Code of medical and sanitary regulations for the guidance of medical officers serving in the Madras Presidency - Volume I
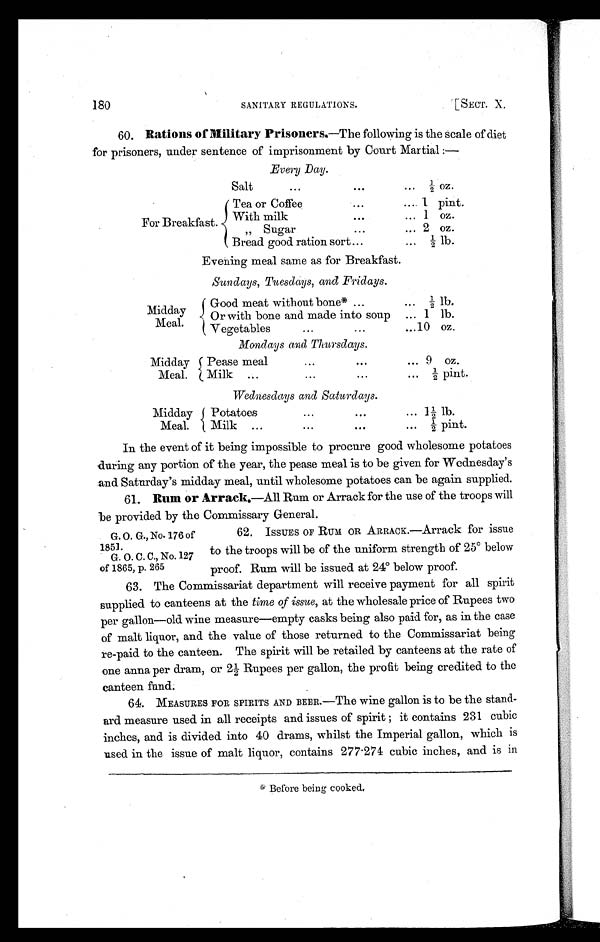
180
SANITARY REGULATIONS.
[SECT. X.
60. Rations of Military Prisoners. —The following is the scale of diet
for prisoners, under sentence of imprisonment by Court Martial : —
Every Day.
For Breakfast.
Salt
...
. . .
. . .
½
oz.
Tea or Coffee
...
... 1 pint.
With milk
. . .
... 1 oz.
„ Sugar
...
... 2 oz.
Bread good ration sort
. . .
...
½ lb.
Evening meal same as for Breakfast.
Sundays, Tuesdays, and Fridays.
Midday
M e a l . Good meat without bone* ...
. . .
½
lb.
Or with bone and made into soup
... 1 lb.
Vegetables
...
...
. . .
10 oz.
Mondays and Thursdays.
Midday
Meal.
Pease meal
...
...
... 9 oz.
Milk
...
... ...
...
½ pint.
Wednesdays and Saturdays.
Midday
Meal.
Potatoes
...
...
...
1 ½ lb.
Milk
...
... ...
...
½ pint.
In the event of it being impossible to procure good wholesome potatoes
during any portion of the year, the pease meal is to be given for Wednesday's
and Saturday's midday meal, until wholesome potatoes can be again supplied.
61. Rum or Arrack. —All Rum or Arrack for the use of the troops will
be Provided by the Commissary General.
G. O. G., No. 176 of
1851.
G. O. C. C., No. 127
of 1865, p. 265
62. ISSUES OF RUM OR ARRACK.—Arrack for issue
to the troops will be of the uniform strength of 25° below
proof. Rum will be issued at 24° below proof.
63. The Commissariat department will receive payment for all spirit
supplied to canteens at the time of issue, at the wholesale price of Rupees two
per gallon—old wine measure—empty casks being also paid for, as in the case
of malt liquor, and the value of those returned to the Commissariat being
re-paid to the canteen. The spirit will be retailed by canteens at the rate of
one anna per dram, or 2½ Rupees per gallon, the profit being credited to the
canteen fund.
64. MEASURES FOR SPIRITS AND BEER.—The wine gallon is to be the stand-
ard measure used in all receipts and issues of spirit; it contains 231 cubic
inches, and is divided into 40 drams, whilst the Imperial gallon, which is
used in the issue of malt liquor, contains 277.274 cubic inches, and is in
* Before being cooked.